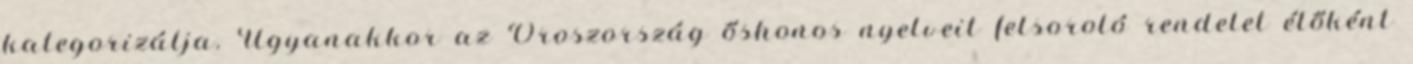
kategorizálja. Ugyanakkor az Oroszország őshonos nyelveit felsoroló rendelet élőként